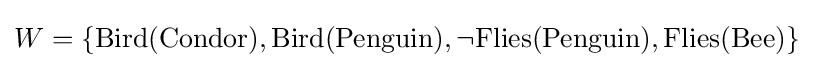
W=\{\mathrm {Bird} (\mathrm {Condor} ),\mathrm {Bird} (\mathrm {Penguin} ),\neg \mathrm {Flies} (\mathrm {Penguin} ),\mathrm {Flies} (\mathrm {Bee} )\}